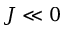
J \ll 0